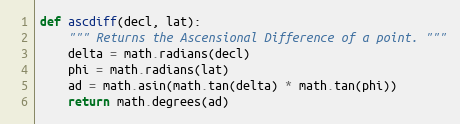
Language: Python
def ascdiff(decl, lat):
    """ Returns the Ascensional Difference of a point. """
    delta = math.radians(decl)
    phi = math.radians(lat)
    ad = math.asin(math.tan(delta) * math.tan(phi))
    return math.degrees(ad)